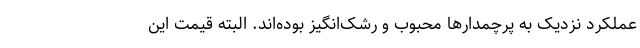
عملکرد نزدیک به پرچمدارها محبوب و رشک‌انگیز بوده‌اند. البته قیمت این